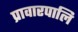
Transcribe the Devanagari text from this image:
प्रावारपालि